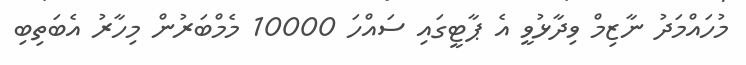
މުހައްމަދު ނާޒިމް ވިދާޅުވީ އެ ޕާޓީގައި ސައްހަ 10000 މެމްބަރުން މިހާރު އެބަތިބި